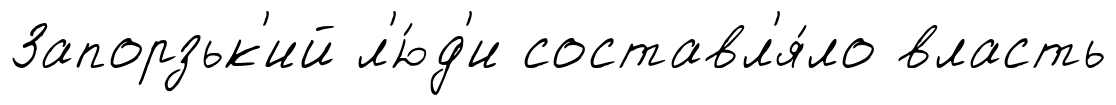
Запорзьк'ий л'ю́д'и составл'я́ло власть